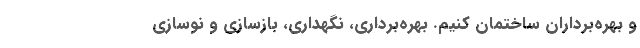
و بهره‌برداران ساختمان کنیم. بهره‌برداری،‌ نگهداری، بازسازی و نوسازی